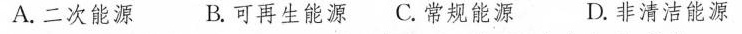
A.二次能源 B.可再生能源C.常规能源D.非清洁能源